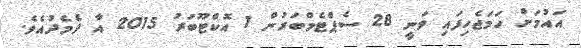
އައުމަށް ހަމަޖެހިފައި ވަނީ 28 ސެޕްޓެމްބަރުން 1 އޮކްޓޫބަރު 2015 އާ ދެމެދުއެވެ.